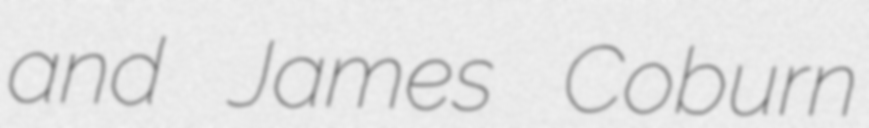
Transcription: and James Coburn